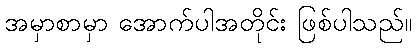
အမှာစာမှာ အောက်ပါအတိုင်း ဖြစ်ပါသည်။